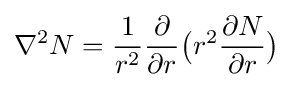
\nabla ^{2}N={\frac {1}{r^{2}}}{\frac {\partial }{\partial r}}{\bigl (}r^{2}{\frac {\partial N}{\partial r}}{\bigr )}